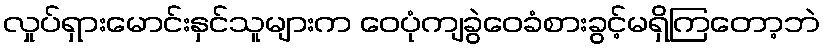
လှုပ်ရှားမောင်းနှင်သူများက ဝေပုံကျခွဲဝေခံစားခွင့်မရှိကြတော့ဘဲ